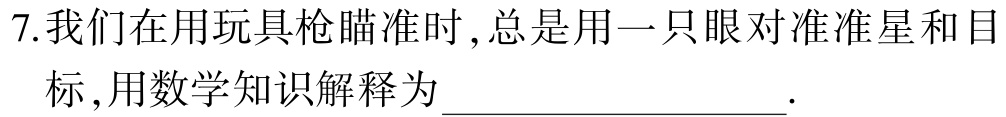
7.我们在用玩具枪瞄准时,总是用一只眼对准准星和目标,用数学知识解释为___.